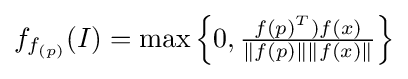
\textstyle f_{f_{(p)}}(I)=\max \left\{0,{\frac {f(p)^{T})f(x)}{\left\|f(p)\right\|\left\|f(x)\right\|}}\right\}